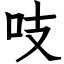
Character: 吱